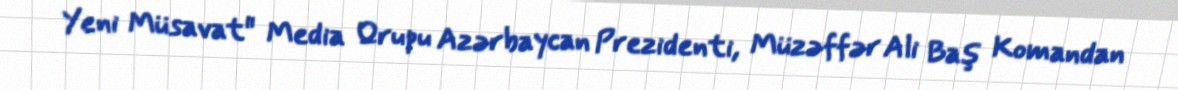
Yeni Müsavat" Media Qrupu Azərbaycan Prezidenti, Müzəffər Ali Baş Komandan